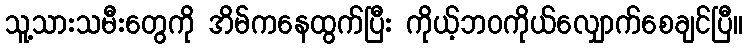
သူ့သားသမီးတွေကို အိမ်ကနေထွက်ပြီး ကိုယ့်ဘဝကိုယ်လျှောက်စေချင်ပြီ။